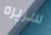
سريره